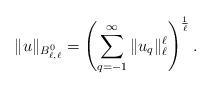
LaTeX: \begin{align*}\|u\|_{B^0_{\ell,\ell}} = \left( \sum_{q=-1}^\infty \|u_q\|_{\ell}^{\ell} \right)^\frac{1}{\ell}.\end{align*}